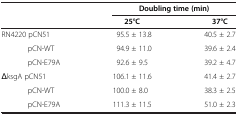
<table><thead><tr><td><b> </b></td><td colspan="2"><b>Doubling time (min)</b></td></tr><tr><td><b> </b></td><td><b>25°C</b></td><td><b>37°C</b></td></tr></thead><tbody><tr><td>RN4220 pCN51</td><td>95.5 ± 13.8</td><td>40.5 ± 2.7</td></tr><tr><td>pCN-WT</td><td>94.9 ± 11.0</td><td>39.6 ± 2.4</td></tr><tr><td>pCN-E79A</td><td>92.6 ± 9.5</td><td>39.2 ± 4.7</td></tr><tr><td>ΔksgA pCN51</td><td>106.1 ± 11.6</td><td>41.4 ± 2.7</td></tr><tr><td>pCN-WT</td><td>100.0 ± 8.0</td><td>38.3 ± 2.5</td></tr><tr><td>pCN-E79A</td><td>111.3 ± 11.5</td><td>51.0 ± 2.3</td></tr></tbody></table>